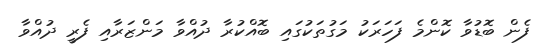
ފެން ބޮޑުވާ ކޮންމެ ފަހަރަކު މަގުތަކުގައި ބޮއްކުރާ ދުއްވާ މަންޒަރާއި ފެރީ ދުއްވާ